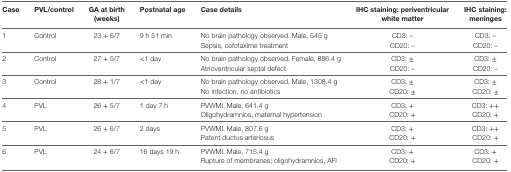
<table><thead><tr><td><b>Case</b></td><td><b>PVL/control</b></td><td><b>GA at birth (weeks)</b></td><td><b>Postnatal age</b></td><td><b>Case details</b></td><td><b>IHC staining: periventricular white matter</b></td><td><b>IHC staining: meninges</b></td></tr></thead><tbody><tr><td>1</td><td>Control</td><td>23 + 6/7</td><td>9 h 51 min</td><td>No brain pathology observed. Male, 545 gSepsis, cefotaxime treatment</td><td>CD3: –CD20: –</td><td>CD3: –CD20: –</td></tr><tr><td>2</td><td>Control</td><td>27 + 5/7</td><td>&lt;1 day</td><td>No brain pathology observed. Female, 886.4 gAtrioventricular septal defect</td><td>CD3: ±CD20: –</td><td>CD3: ±CD20: –</td></tr><tr><td>3</td><td>Control</td><td>28 + 1/7</td><td>&lt;1 day</td><td>No brain pathology observed. Male, 1308.4 gNo infection, no antibiotics</td><td>CD3: ±CD20: ±</td><td>CD3: ±CD20: ±</td></tr><tr><td>4</td><td>PVL</td><td>26 + 5/7</td><td>1 day 7 h</td><td>PVWMI. Male. 641.4 gOligohydramnios, maternal hypertension</td><td>CD3: +CD20: +</td><td>CD3: ++CD20: +</td></tr><tr><td>5</td><td>PVL</td><td>26 + 6/7</td><td>2 days</td><td>PVWMI. Male, 807.6 gPatent ductus arteriosus</td><td>CD3: +CD20: +</td><td>CD3: ++CD20: +</td></tr><tr><td>6</td><td>PVL</td><td>24 + 6/7</td><td>16 days 19 h</td><td>PVWMI. Male, 715.4 gRupture of membranes; oligohydramnios, AFI</td><td>CD3: +CD20: +</td><td>CD3: +CD20: +</td></tr></tbody></table>